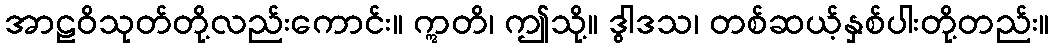
အာဠဝိသုတ်တို့လည်းကောင်း။ ဣတိ၊ ဤသို့။ ဒွါဒသ၊ တစ်ဆယ့်နှစ်ပါးတို့တည်း။